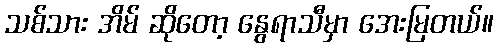
သစ်သား အိမ် ဆိုတော့ နွေရာသီမှာ အေးမြတယ်။